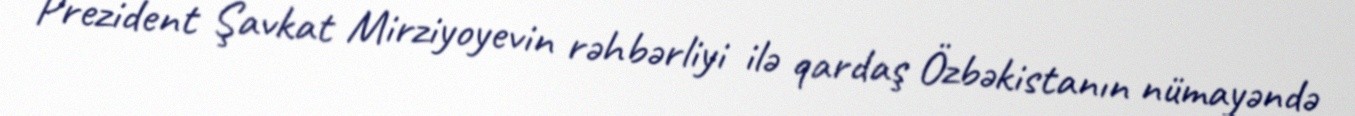
Prezident Şavkat Mirziyoyevin rəhbərliyi ilə qardaş Özbəkistanın nümayəndə